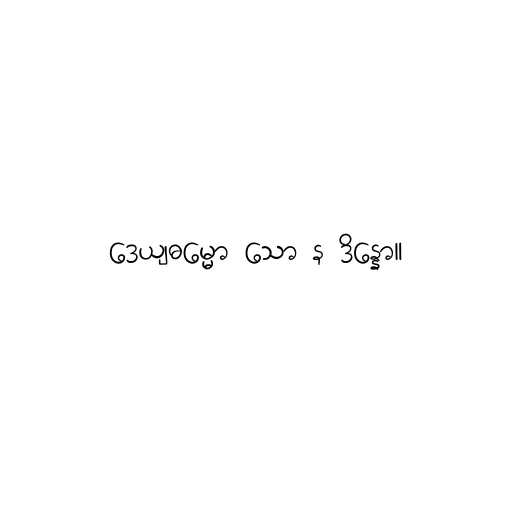
ဒေယျဓမ္မော သော န ဒိန္နော။